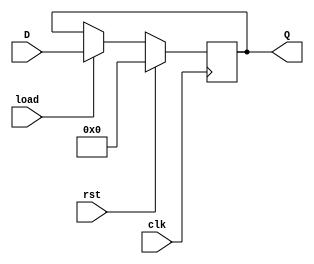
/*******************************************************************
*
* Module: NBitRegister.v
* Project: Processor
abdelmaksou@aucegypt.edu
* Description: Register that stores n bits
*
* Change history: 06/11/2022 - Added from Lab 6 and polished
*
**********************************************************************/

module NBitRegister #(parameter n = 32) (
    input clk, 
    input rst, 
    input load, 
    input [n - 1 : 0] D, 
    output reg[n - 1 : 0] Q
);
    always @ (posedge clk) begin
        if (rst) 
            Q <= 0;
        else 
            Q <= (load ? D : Q);
    end
endmodule